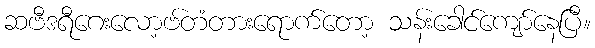
ဆဗီဒရီဂေးလော့ဗ်တံတားရောက်တော့ သန်းခေါင်ကျော်နေပြီ။